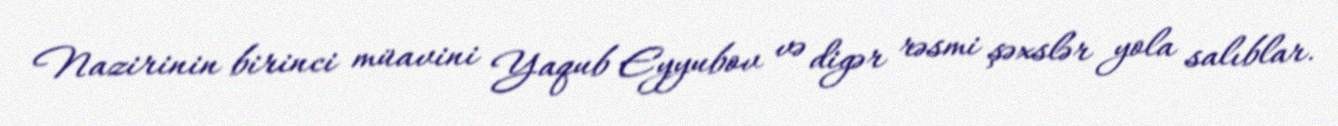
Nazirinin birinci müavini Yaqub Eyyubov və digər rəsmi şəxslər yola salıblar.